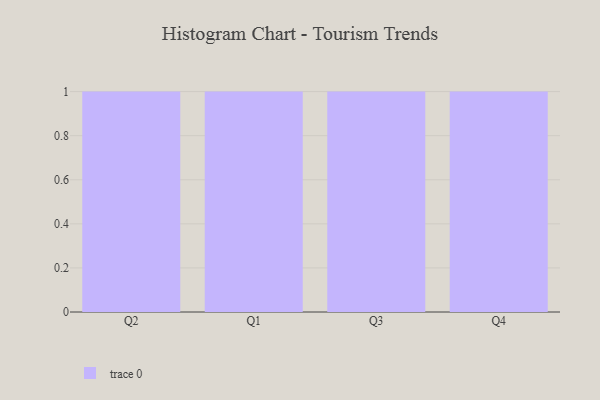
{"axis": {"x": "Quarter", "y": "Bounce Rate (%)"}, "legend": [""], "data": [{"x": "Q2", "y": 91, "type": ""}, {"x": "Q1", "y": 50, "type": ""}, {"x": "Q3", "y": 68, "type": ""}, {"x": "Q4", "y": 67, "type": ""}]}